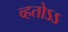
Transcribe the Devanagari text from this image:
व्हतोऽऽ